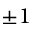
\pm 1